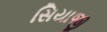
સિયાજી